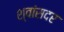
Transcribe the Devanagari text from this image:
श्वांसदर